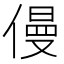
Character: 僈